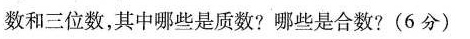
数和三位数，其中哪些是质数?哪些是合数?(6分)